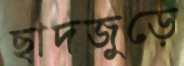
ছাদজুড়ে